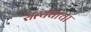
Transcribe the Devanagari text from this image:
सत्यवाचा